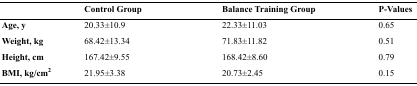
<table><thead><tr><td></td><td><b>Control Group</b></td><td><b>Balance Training Group</b></td><td><b>P-Values</b></td></tr></thead><tbody><tr><td><b>Age, y</b></td><td>20.33±10.9</td><td>22.33±11.03</td><td>0.65</td></tr><tr><td><b>Weight, kg</b></td><td>68.42±13.34</td><td>71.83±11.82</td><td>0.51</td></tr><tr><td><b>Height, cm</b></td><td>167.42±9.55</td><td>168.42±8.60</td><td>0.79</td></tr><tr><td><b>BMI, kg/cm<sup>2</sup></b></td><td>21.95±3.38</td><td>20.73±2.45</td><td>0.15</td></tr></tbody></table>